Senior Leaving Certificate Examination (including Day School Certificate (Higher) General paper), 1949
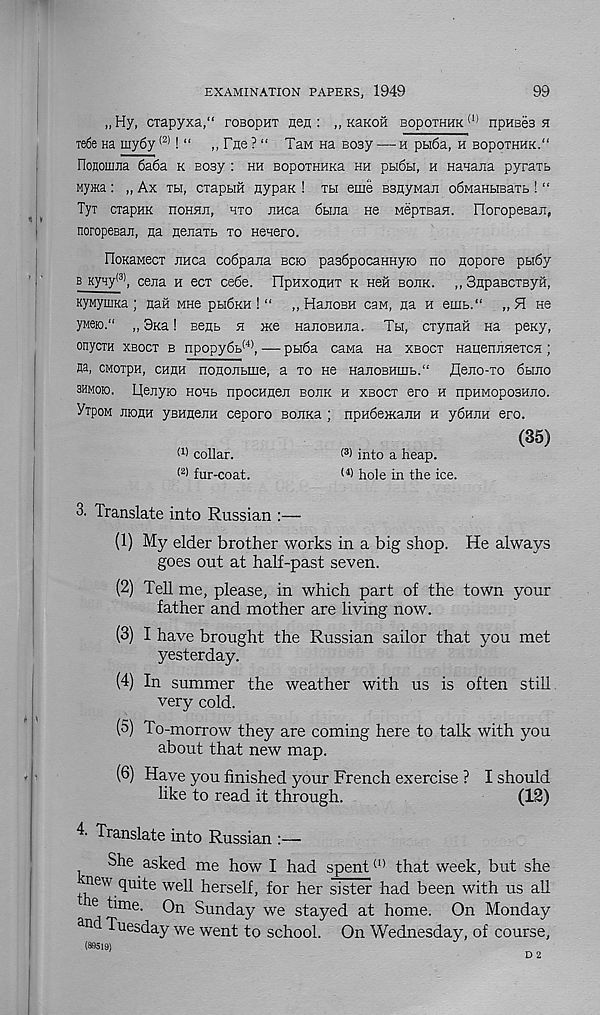
EXAMINATION PAPERS, 1949
99
„ Hy, ciapyxa,“ rosopHT Ren : ,, KaKOH bopothhk (1) npHeea h
Te6e na my6y (2) ! “ „rne?“ TaM Ha eosy — h pbi6a, h bopothhk."
nonomjia 6a6a k eosy : hh BopoxHHKa hh ph6h, h Manana pyratb
MyiKa : „ Ax th, cxapMH nypaK ! th eme BsnyMaj: o6MaHbiBaxb ! “
Tyx cxapHK noHHn, nxo jiHca 6bma H8 MepxBaH. FloropeBaji,
noropesaji, Ha nenaTb xo Henero.
HoKaMecx JiHca co6pana bcio pasSpocaHHyio no nopore pbi6y
b Kyqy (3) , cena h ecx ce6e. FIpnxoHHT k Hen bojik. ,, SflpaBCXByH,
KynyiiiKa ; nan MHe ph6kh ! “ „ HanosH csm, na h euib.“ „ H He
„ Skr ! Benb n me HanoBHna. Tbi, cxynan Ha peny,
onycxH xboct b npopy6b (4) , — pbi6a cana Ha xbocx HanennHexcn ;
Ha, CMoxpH, chhh nonojibine, a xo ne HanoBHiiib.' 1 fleno-xo 6bino
3hmok). Uenyio nonb npocHneji bojik h xbocx ero h npHMopoBHno.
VipoM JiioflH yBHflejiH ceporo BOJiKa ; npH6emajin h y6HJiH ero.
(35)
(1 > collar.
( 3 ) into a heap.
(2) fur-coat.
(4 > hole in the ice.
3. Translate into Russian :—
(1) My elder brother works in a big shop. He always
goes out at half-past seven.
(2) Tell me, please, in which part of the town your
father and mother are living now.
(3) I have brought the Russian sailor that you met
yesterday.
(4) In summer the weather with us is often still
very cold.
(5) To-morrow they are coming here to talk with you
about that new map.
(6) Ha.ve you finished your French exercise ? I should
like to read it through.
(12)
4- Translate into Russian :—
She asked me how I had spent (1) that week, but she
new quite well herself, for her sister had been with us all
e time. On Sunday we stayed at home. On Monday
an Tuesday we went to school. On Wednesday, of course,
(89519)